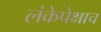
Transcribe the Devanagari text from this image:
लंकेपेक्षाच